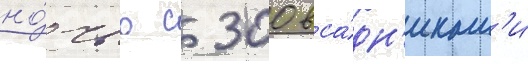
но́чью с 300 вса́дн'икам'и